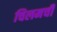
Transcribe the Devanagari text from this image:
चिलमची